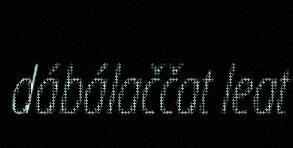
dábálaččat leat